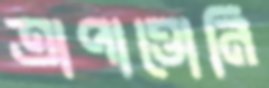
ত্রাপাত্তোনি